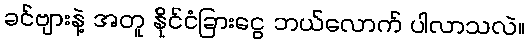
ခင်ဗျားနဲ့ အတူ နိုင်ငံခြားငွေ ဘယ်လောက် ပါလာသလဲ။